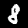
Label: 8